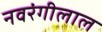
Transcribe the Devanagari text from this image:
नवरंगीलाल